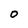
Character: O